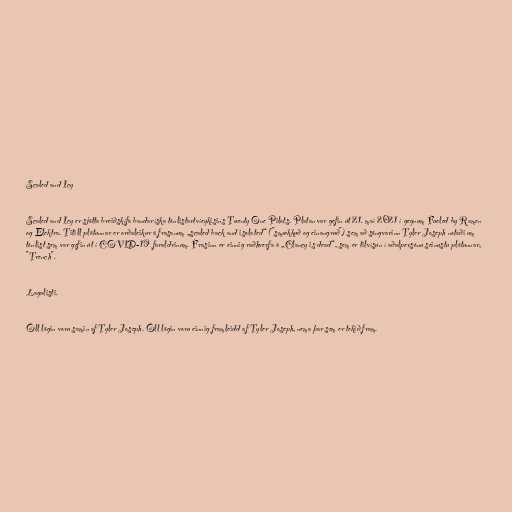
Scaled and Icy

Scaled and Icy er sjötta breiðskífa bandaríska tónlistartvíeykisins Twenty One Pilots. Platan var gefin út 21. maí 2021 í gegnum Fueled by Ramen
og Elektra. Titill plötunnar er orðaleikur á frasanum „scaled back and isolated“ ("smækkuð og einangruð") sem að söngvarinn Tyler Joseph notaði um
tónlist sem var gefin út í COVID-19 faraldrinum. Frasinn er einnig raðhverfa á „Clancy is dead“, sem er tilvísun í aðalpersónu seinustu plötunnar,
"Trench".

Lagalisti.

Öll lögin voru samin af Tyler Joseph. Öll lögin voru einnig framleidd af Tyler Joseph, nema þar sem er tekið fram.